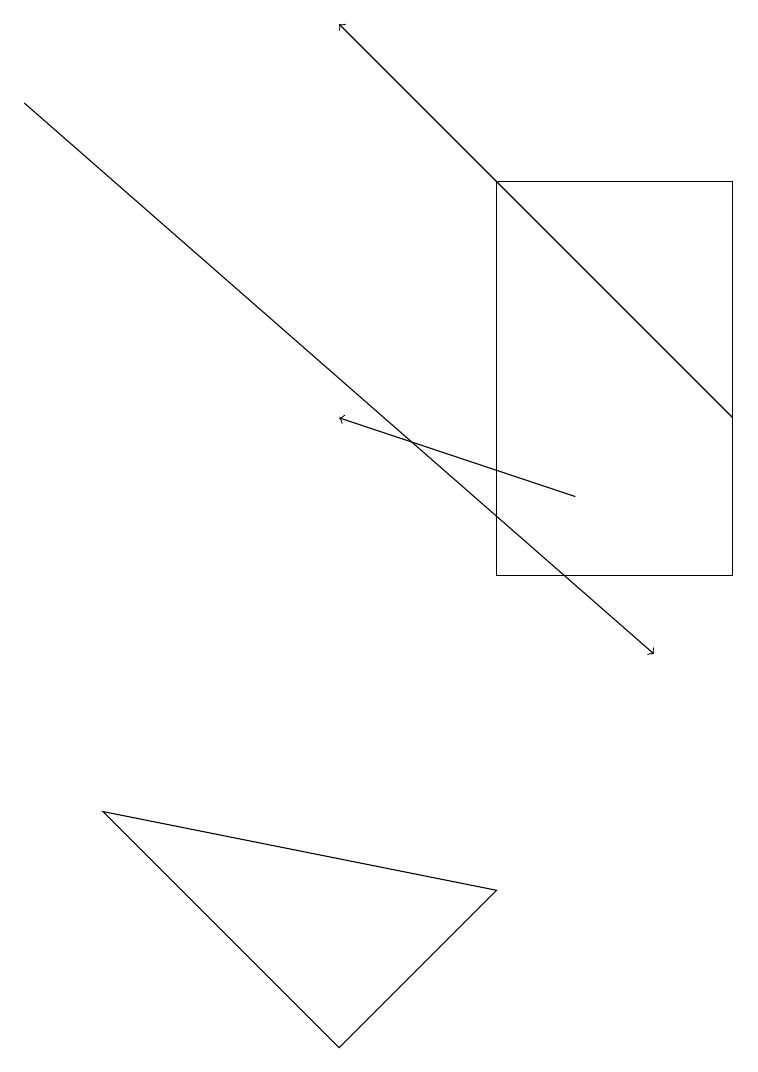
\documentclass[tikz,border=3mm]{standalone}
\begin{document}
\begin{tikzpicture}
\draw (6,11) rectangle (9,16);
\draw[->] (0,17) -- (8,10);
\draw (4,5) -- (6,7) -- (1,8) -- cycle;
\draw[->] (9,13) -- (4,18);
\draw[->] (7,12) -- (4,13);
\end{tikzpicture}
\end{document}